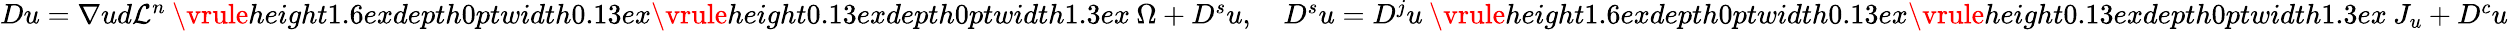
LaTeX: \begin{array}{r}{Du=\nabla ud\mathcal{L}^{n}\mathbin{\vrule height1.6exdepth0ptwidth0.13ex\vrule height0.13exdepth0ptwidth1.3ex}\Omega+D^{s}u,\quad D^{s}u=D^{j}u\mathbin{\vrule height1.6exdepth0ptwidth0.13ex\vrule height0.13exdepth0ptwidth1.3ex}J_{u}+D^{c}u}\end{array}